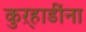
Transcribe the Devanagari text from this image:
कुऱ्हाडींना